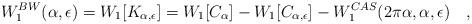
LaTeX: \begin{align*}W_1^{BW}(\alpha,\epsilon)=W_1[K_{\alpha,\epsilon}]=W_1[C_{\alpha}]-W_1[C_{\alpha,\epsilon}]-W_1^{CAS}(2\pi\alpha,\alpha,\epsilon)~~~,\end{align*}